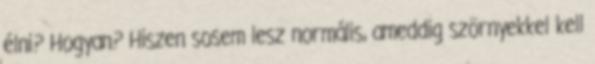
élni? Hogyan? Hiszen sosem lesz normális, ameddig szörnyekkel kell